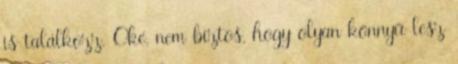
is találkozz. Oké, nem biztos, hogy olyan könnyű lesz